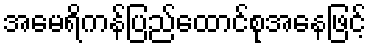
အမေရိကန်ပြည်ထောင်စုအနေဖြင့်